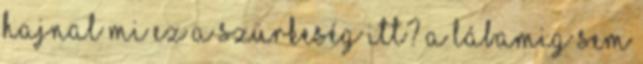
hajnal mi ez a szürkeség itt? A lábamig sem